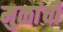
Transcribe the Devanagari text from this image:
मुळांची